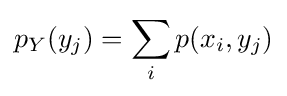
p_{Y}(y_{j})=\sum _{i}p(x_{i},y_{j})